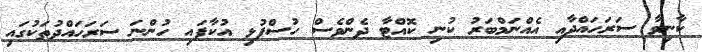
ކާނިވާ ސަރަހައްދާއި އެއްނަމްބަރު ކުނި ކޮއްޓާ ދެންވެސް ހުސްފުޅި އުކާފައި ހުންނަ ސަރަހައްދުތަކުގައި